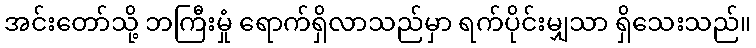
အင်းတော်သို့ ဘကြီးမှုံ ရောက်ရှိလာသည်မှာ ရက်ပိုင်းမျှသာ ရှိသေးသည်။